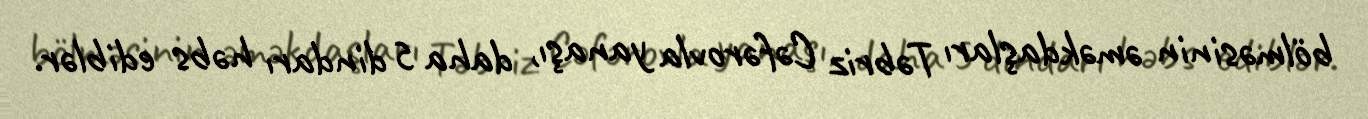
bölməsinin əməkdaşları Təbriz Cəfərovla yanaşı, daha 5 dindarı həbs ediblər.